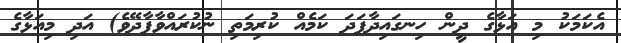
އެކަމަކު މި އަޅާގެ ދީން ހިނގައިދާފަދަ ކަމެއް ކުރިމަތި ނުކުރައްވާފާދޭވެ) އަދި މިއަޅާގެ